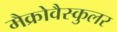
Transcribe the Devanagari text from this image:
मैक्रोवैस्कुलर